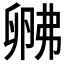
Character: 𱑚